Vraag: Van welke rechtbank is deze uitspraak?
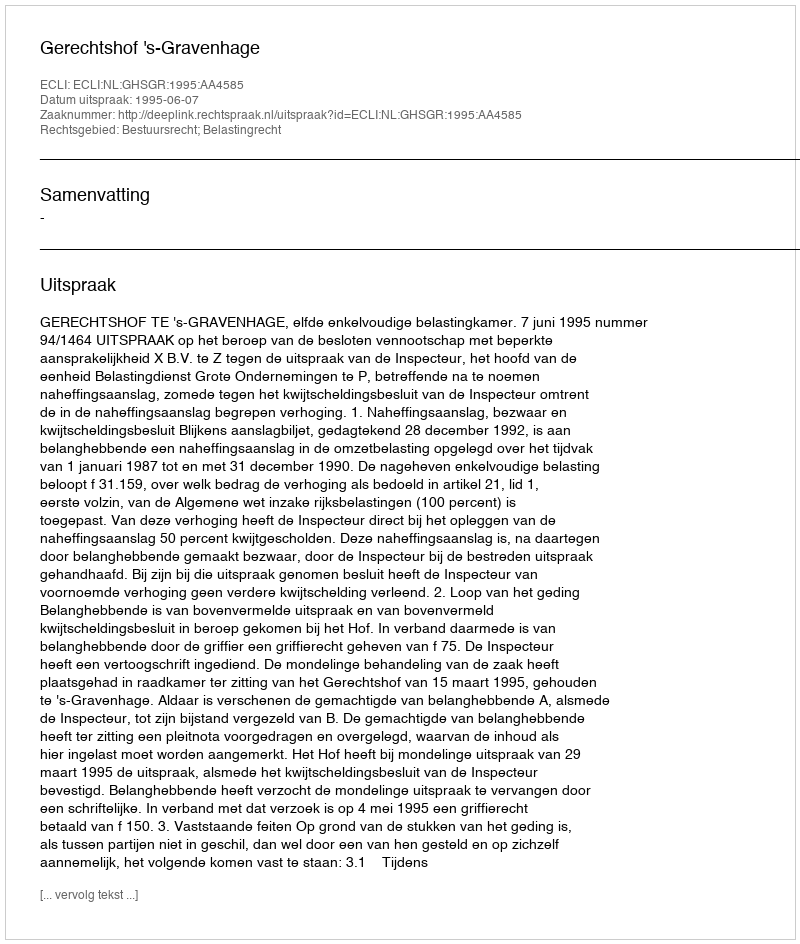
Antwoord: Gerechtshof 's-Gravenhage